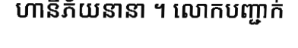
ហានីភ័យនានា ។ លោកបញ្ជាក់